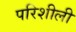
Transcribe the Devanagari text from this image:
परिशीली